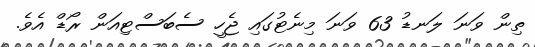
ތިން ވަނަ ލަނޑު 63 ވަނަ މިނެޓުގައި ޖެހީ ސެބަސްޓިއަން ރޯޑް އެވެ.